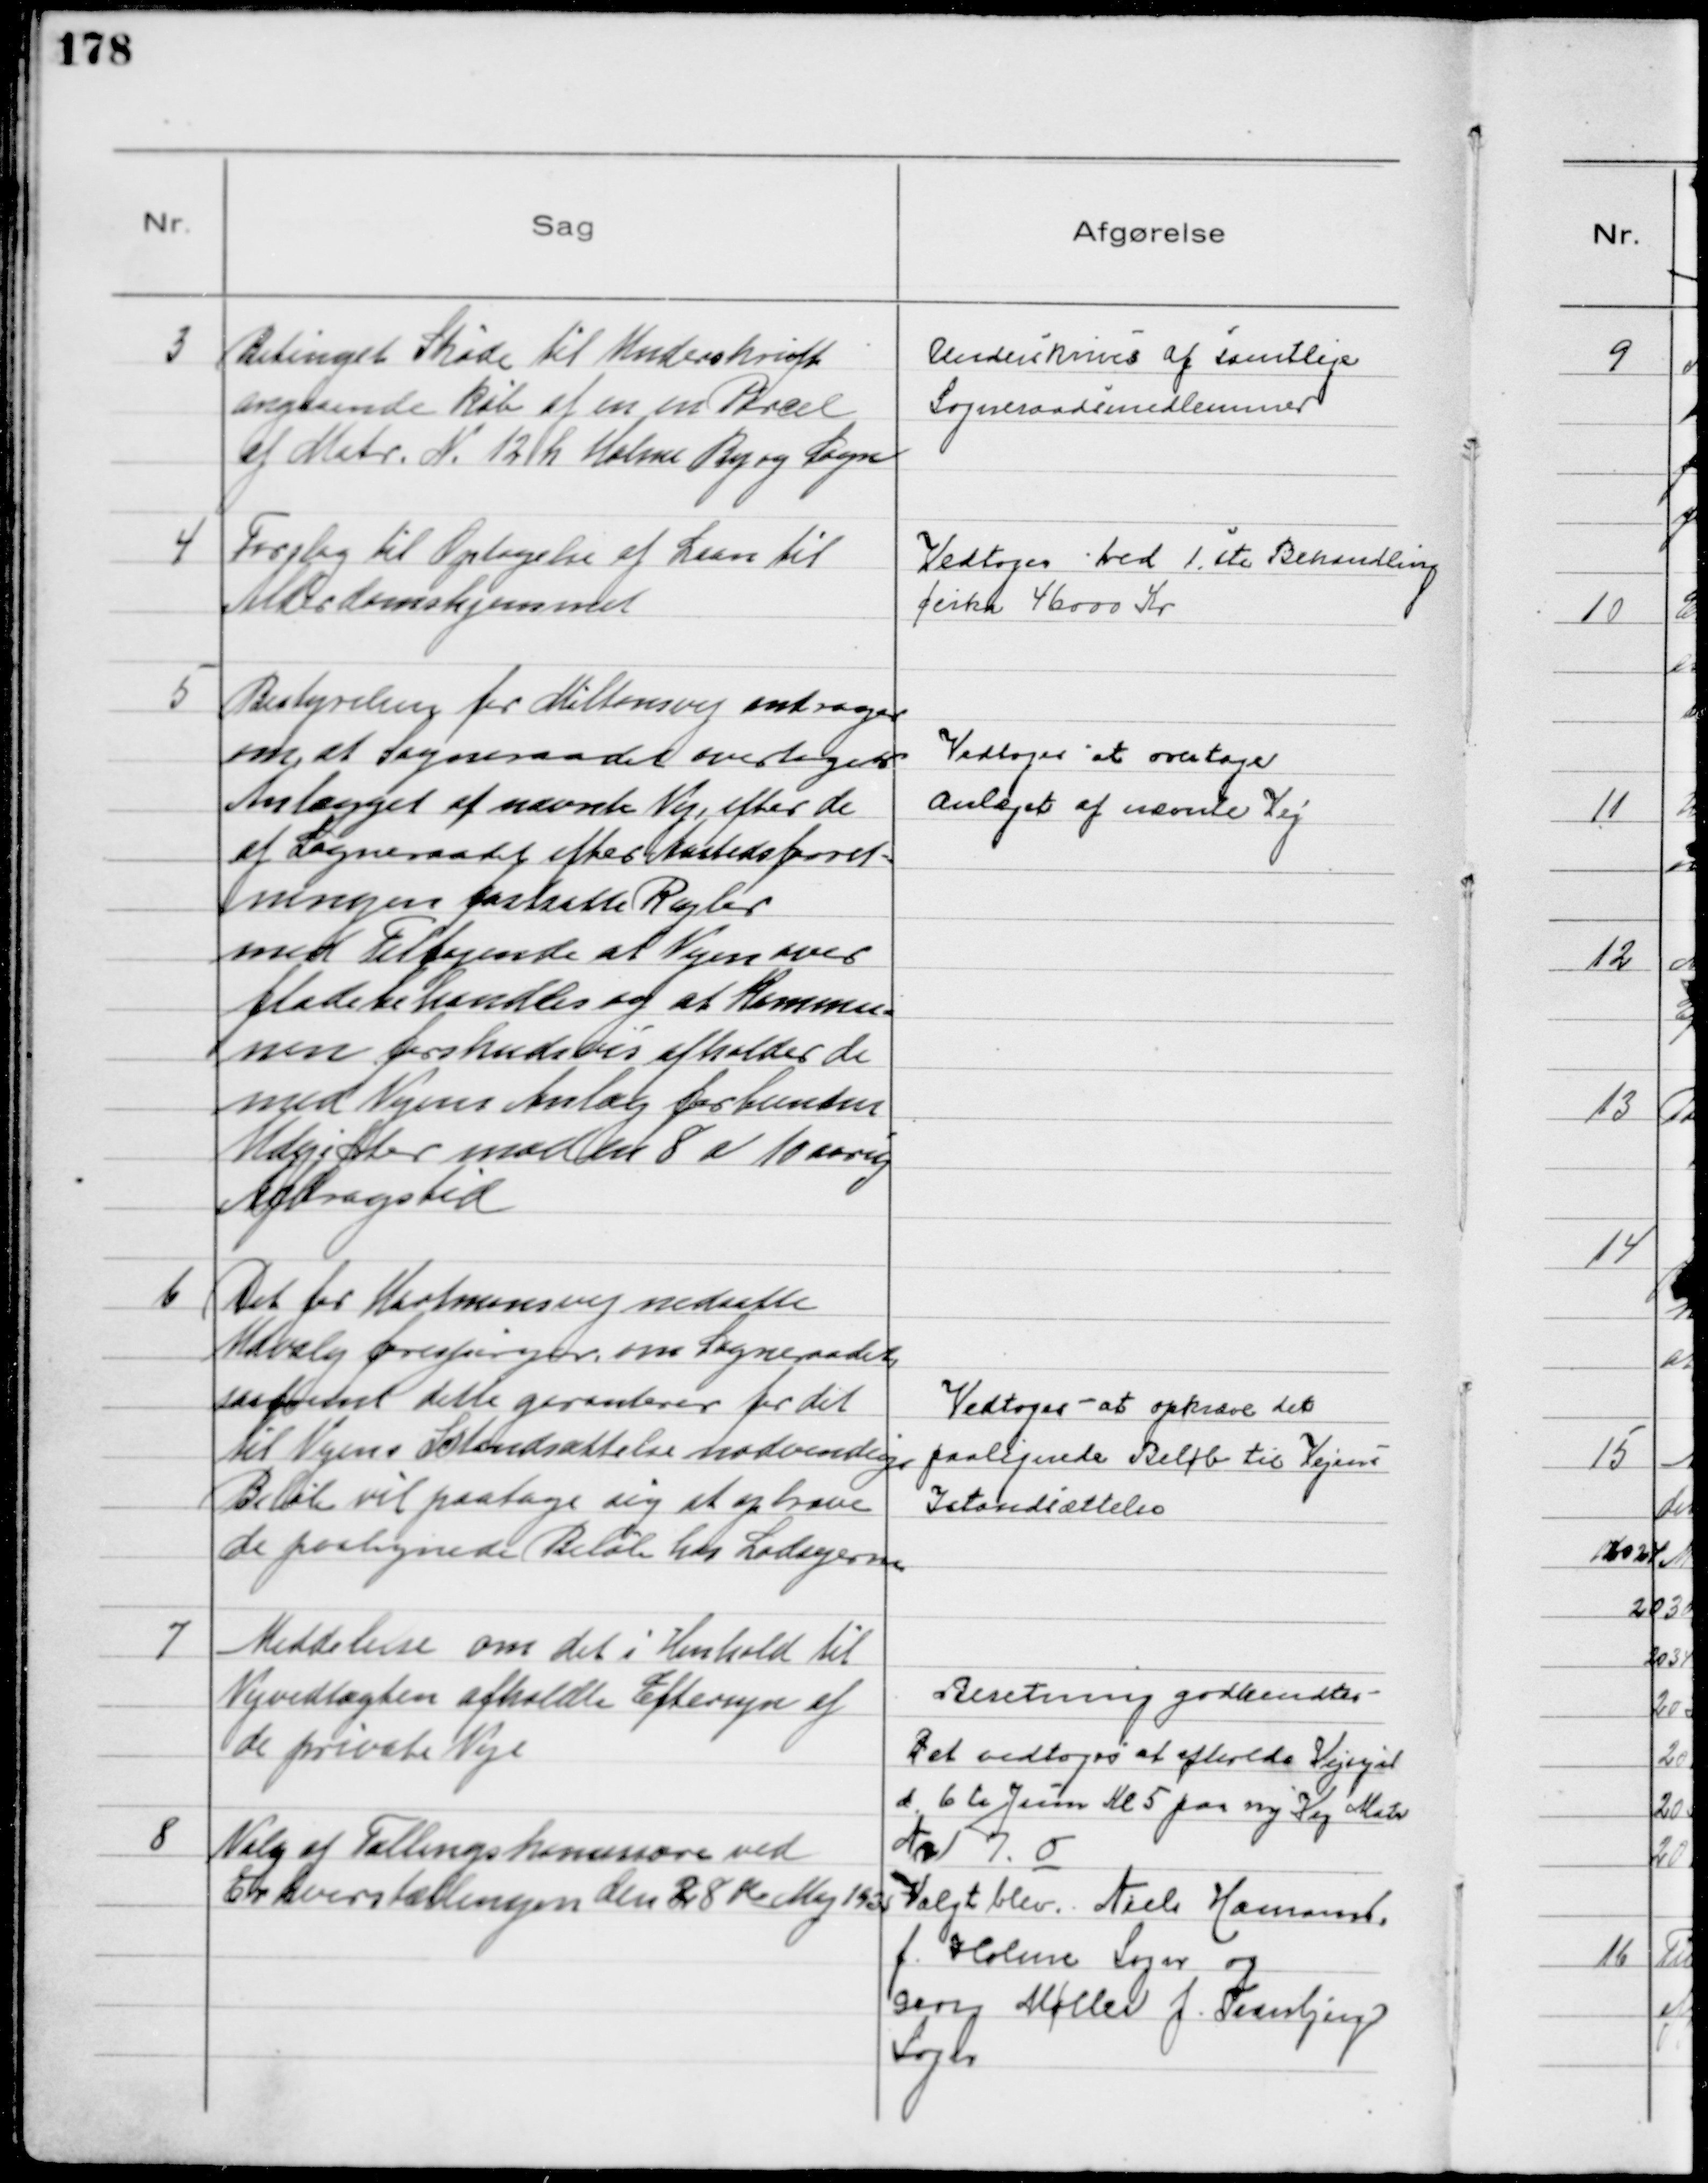
Transskription:
3
Betinget Skøde til Underskrift
angaaende Køb af en en Parcel
af Matr. № 12 h Holme By og Sogn

Underskrives af samtlige
Sogneraadsmedlemmer

4
Forslag til Optagelse af Laan til
Alderdomshjemmet

Vedtoges ved 1 ste Behandling
cirka 46000 Kr

5
Bestyrelsen for Miltonsvej andrager
om at Sogneraadet overtager
Anlægget af nævnte Vej, efter de
af Sogneraadet efter Aastedsforret=
ningen fastsatte Regler
med Tilføjende at Vejen over
fladebehandles og at Kommu=
nen forskudsvis afholder de
med Vejens Anlæg forbundne
Udgifter mod en 8 a 10 aarig
Afdragstid

Vedtoges at overtage
Anlæget af nævnte Vej

6
Det for Hartmansvej nedsatte
Udvalg forespørger om Sogneraadet,
saafremt dette garanterer for det
til Vejens Istandsættelse nødvendige
Beløb vil paatage sig at opkræve
de paalignede Beløb hos Lodsejerne

Vedtoges at opkræve det
paalignede Beløb til Vejens
Istandsættelse

7
Meddelelse om det i Henhold til
Vejvedtægten afholdte Eftersyn af
de private Veje
Beretning godkendtes
Det vedtoges at afholde Vejsyn
d. 6te Juni Kl 5 paa ny Vej Matr
№ 1 7. O
8
Valg af Tællingskomissære ved
Erhvervstællingen den 28de Maj 1935
Valgt blev Niels Hamand.
f. Holme Sogn og
Georg Møller f. Tranbjerg
Sogn